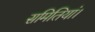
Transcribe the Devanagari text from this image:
समितियां।